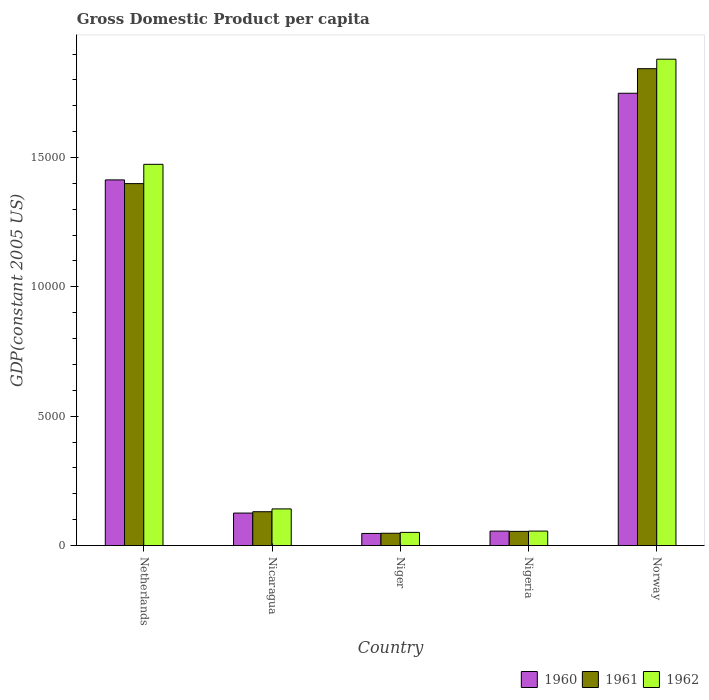
| Country | 1960 | 1961 | 1962 |
 | --- | --- | --- | --- |
 | Netherlands | 1.41e+04 | 1.4e+04 | 1.47e+04 |
 | Nicaragua | 1.26e+03 | 1.31e+03 | 1.42e+03 |
 | Niger | 468 | 476 | 510 |
 | Nigeria | 559 | 549 | 560 |
 | Norway | 1.75e+04 | 1.84e+04 | 1.88e+04 |